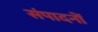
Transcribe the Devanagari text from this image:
संपादनों